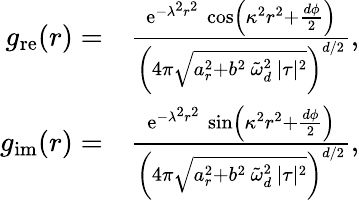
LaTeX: \begin{array}{rl}{g_{\mathrm{re}}(r)=}&{\frac{\mathrm{e}^{-\lambda^{2}r^{2}}\, \cos\left(\kappa^{2}r^{2}+\frac{d\phi}{2}\right)}{\left(4\pi\sqrt{a_{r}^{2}+b^{2}\, \tilde{\omega}_{d}^{2}\, \lvert\tau\rvert^{2}}\right)^{d/2}},}\\ {g_{\mathrm{im}}(r)=}&{\frac{\mathrm{e}^{-\lambda^{2}r^{2}}\, \sin\left(\kappa^{2}r^{2}+\frac{d\phi}{2}\right)}{\left(4\pi\sqrt{a_{r}^{2}+b^{2}\, \tilde{\omega}_{d}^{2}\, \lvert\tau\rvert^{2}}\right)^{d/2}},}\end{array}